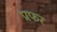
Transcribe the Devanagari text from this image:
प्रफर